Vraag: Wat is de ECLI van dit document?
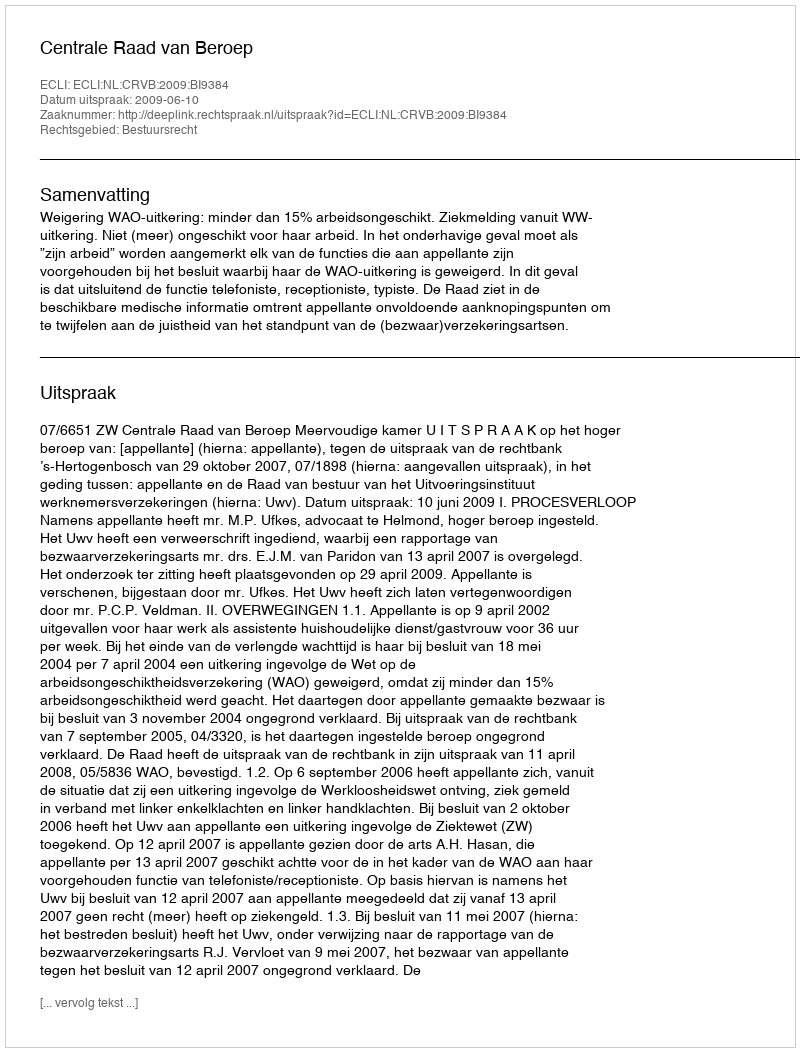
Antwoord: ECLI:NL:CRVB:2009:BI9384